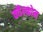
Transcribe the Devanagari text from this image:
क्वैल्कोम